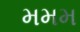
મમમ